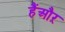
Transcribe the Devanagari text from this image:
हैंऔऱ